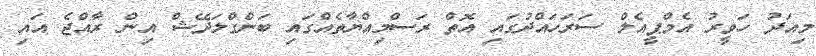
މިއަދު ހަވީރު އެމްޕީއެލް ސަރަހައްދުގައި އޮތް ރަސްމިއްޔާތެެއްގައި ބަންގްލަދޭޝް އިން ރާއްޖެ އައި